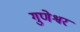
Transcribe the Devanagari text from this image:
गुणेश्वर